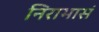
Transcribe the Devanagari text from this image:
निराभासं